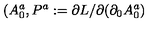
( A _ { 0 } ^ { a } , P ^ { a } : = \partial L / \partial ( \partial _ { 0 } { A } _ { 0 } ^ { a } )